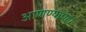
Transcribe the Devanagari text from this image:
आणण्याचेही